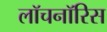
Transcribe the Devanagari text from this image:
लॉचनॉरिस